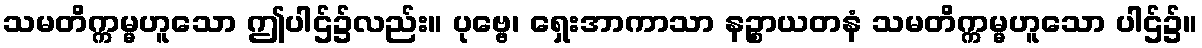
သမတိက္ကမ္မဟူသော ဤပါဌ်၌လည်း။ ပုဗ္ဗေ၊ ရှေးအာကာသာ နဉ္စာယတနံ သမတိက္ကမ္မဟူသော ပါဌ်၌။